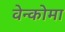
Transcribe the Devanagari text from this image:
वेन्कोमा